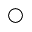
\bigcirc